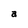
Character: a